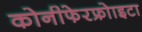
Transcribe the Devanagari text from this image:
कोनीफेरफ्रोाइटा